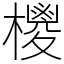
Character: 㯶